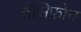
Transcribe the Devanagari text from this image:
तेसिफोन